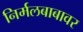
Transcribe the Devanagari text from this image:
निर्मलबाबावर